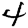
Digit: 4